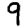
Digit: 9